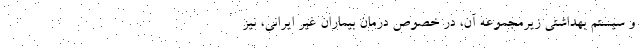
و سیستم بهداشتی زیرمجموعه آن، در خصوص درمان بیماران غیر ایرانی، نیز